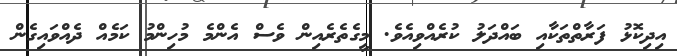
އިދިކޮޅު ފަރާތްތަކާއި ބައްދަލު ކުރެއްވިއެވެ. މީގެތެރެއިން ވެސް އެންމެ މުހިންމު ކަމެއް ދެއްވައިގެން